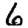
Digit: 6